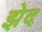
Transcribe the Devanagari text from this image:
झेद